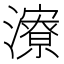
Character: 𪷷